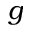
g